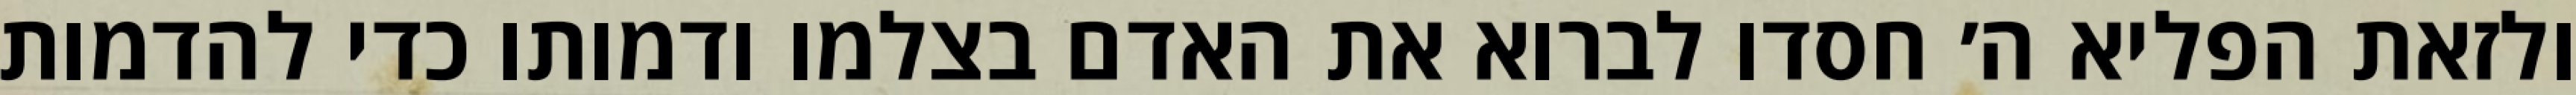
ולזאת הפליא ה׳ חסדו לברוא את האדם בצלמו ודמותו כדי להדמות